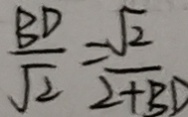
\frac { B D } { \sqrt { 2 } } = \frac { \sqrt { 2 } } { 2 + B D }